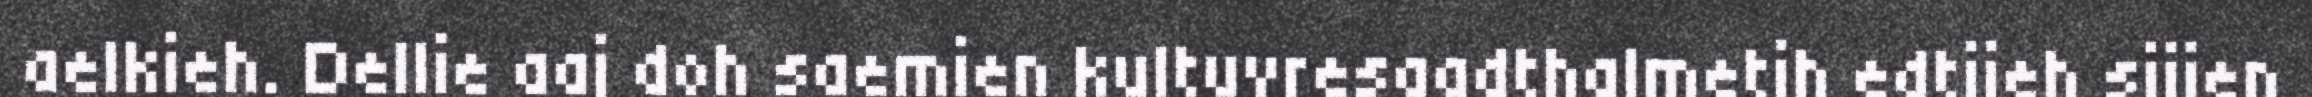
aelkieh. Dellie aaj doh saemien kultuvresaadthalmetjh edtjieh sijjen